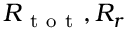
R _ { \mathrm { ~ t ~ o ~ t ~ } } , R _ { r }